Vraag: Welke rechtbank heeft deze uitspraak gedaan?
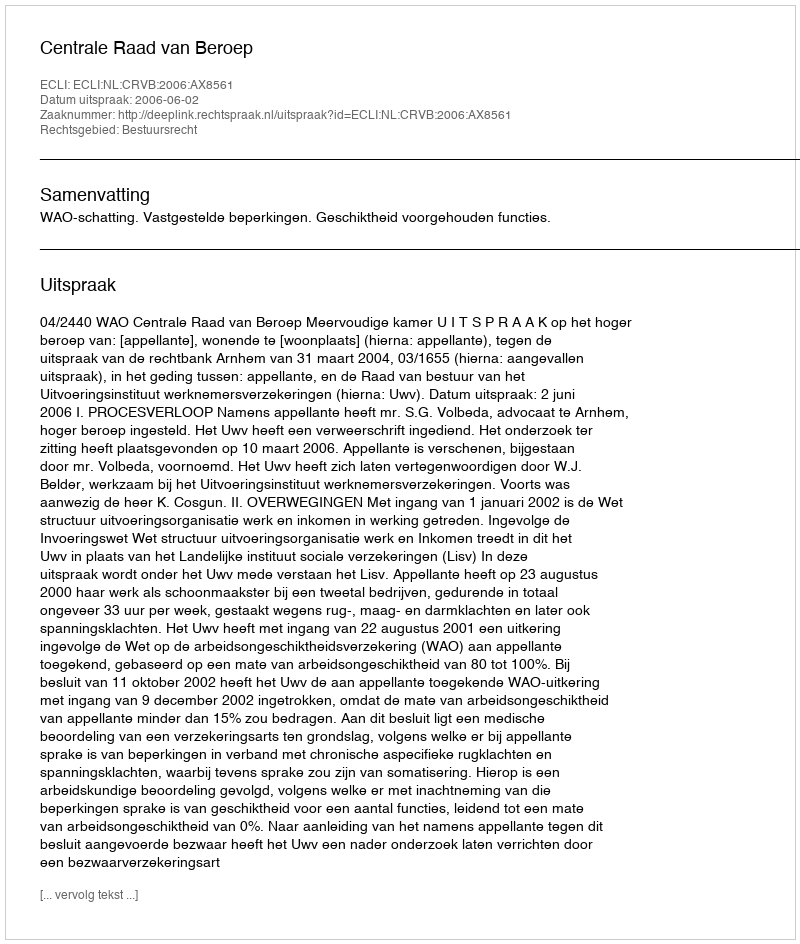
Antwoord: Centrale Raad van Beroep